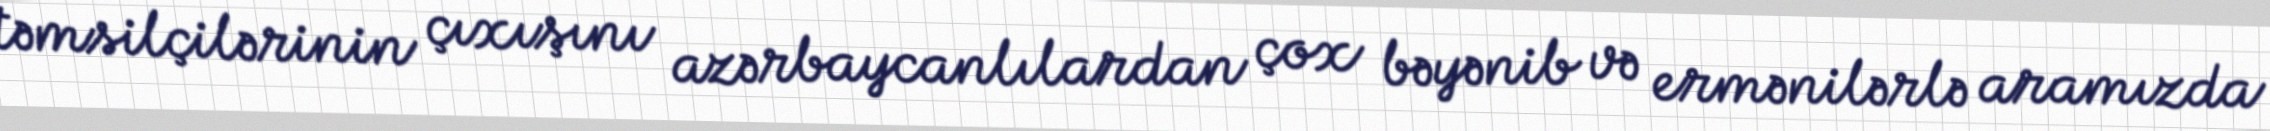
təmsilçilərinin çıxışını azərbaycanlılardan çox bəyənib və ermənilərlə aramızda